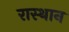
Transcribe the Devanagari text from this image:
रास्थान